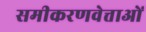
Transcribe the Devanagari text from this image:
समीकरणवेत्ताओं